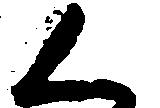
く